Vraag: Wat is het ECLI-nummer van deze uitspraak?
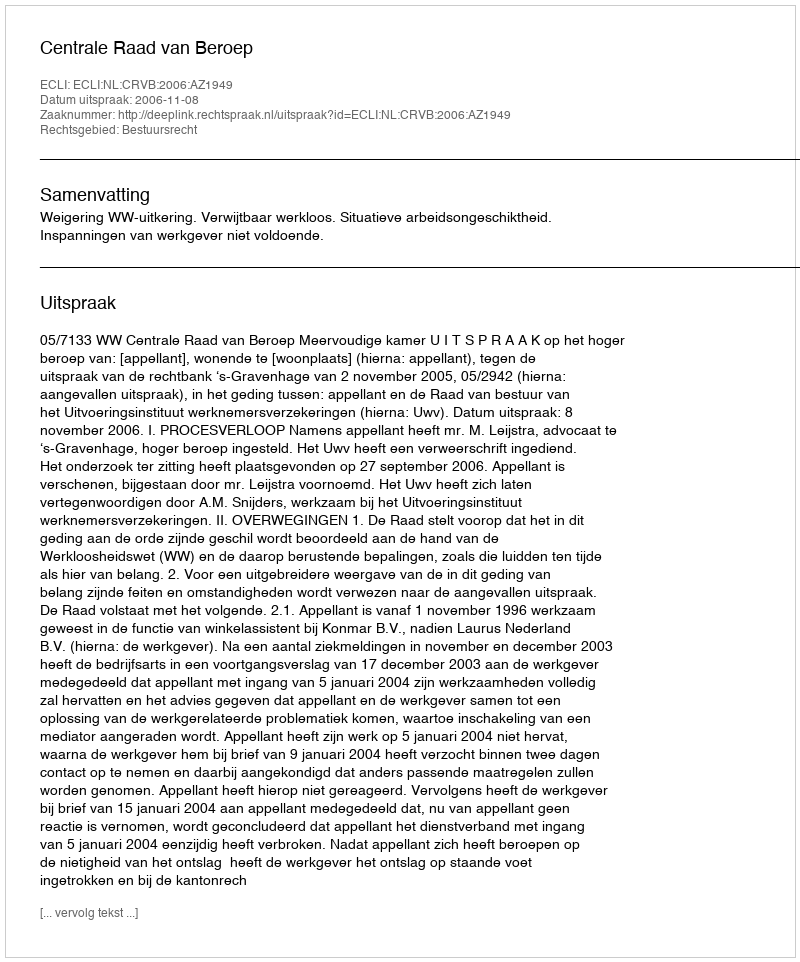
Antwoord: ECLI:NL:CRVB:2006:AZ1949